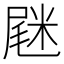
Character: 𡲸